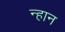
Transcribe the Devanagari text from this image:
न्हान